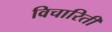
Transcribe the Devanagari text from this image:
विचारिती